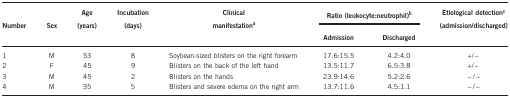
<table><thead><tr><td><b>Number</b></td><td><b>Sex</b></td><td><b>Age (years)</b></td><td><b>Incubation (days)</b></td><td><b>Clinical manifestationa</b></td><td colspan="2"><b>Ratio (leukocyte:neutrophil)b</b></td><td><b>Etiological detectionc(admission/discharged)</b></td></tr><tr><td><b> </b></td><td><b> </b></td><td><b> </b></td><td><b> </b></td><td><b> </b></td><td><b>Admission</b></td><td><b>Discharged</b></td><td><b> </b></td></tr></thead><tbody><tr><td>1</td><td>M</td><td>53</td><td>8</td><td>Soybean-sized blisters on the right forearm</td><td>17.6:15.5</td><td>4.2:4.0</td><td>+/−</td></tr><tr><td>2</td><td>F</td><td>45</td><td>9</td><td>Blisters on the back of the left hand</td><td>13.5:11.7</td><td>6.5:3.8</td><td>+/−</td></tr><tr><td>3</td><td>M</td><td>45</td><td>2</td><td>Blisters on the hands</td><td>23.9:14.6</td><td>5.2:2.6</td><td>−/−</td></tr><tr><td>4</td><td>M</td><td>35</td><td>5</td><td>Blisters and severe edema on the right arm</td><td>13.7:11.6</td><td>4.5:1.1</td><td>−/−</td></tr></tbody></table>